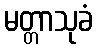
မတ္တာသုခံ